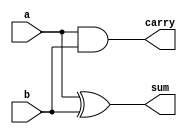
module half_adderV(sum, carry, a, b); 
    input   a, b; 
    output  sum, carry; 
    
    xor sum1(sum, a, b); 
    and carry1(carry, a, b); 
endmodule